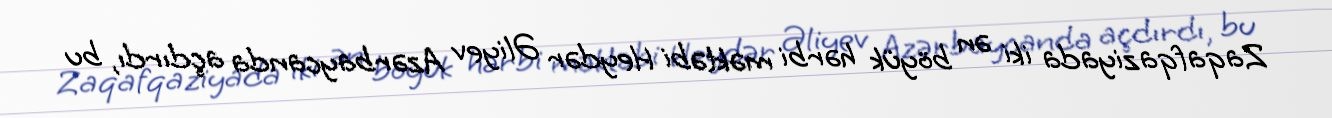
Zaqafqaziyada iki ən böyük hərbi məktəbi Heydər Əliyev Azərbaycanda açdırdı, bu